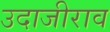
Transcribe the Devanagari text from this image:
उदाजीराव